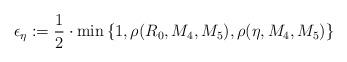
LaTeX: \begin{align*}\epsilon{}_{\eta}:=\frac{1}{2}\cdot\min{\{1,{\rho}(R_0,M_4,M_5),{\rho}({\eta},M_4,M_5)\}}\end{align*}